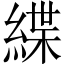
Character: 緤